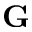
\mathbf { G }